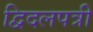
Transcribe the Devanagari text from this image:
द्विदलपत्री